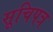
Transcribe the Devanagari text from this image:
सूचिपत्र